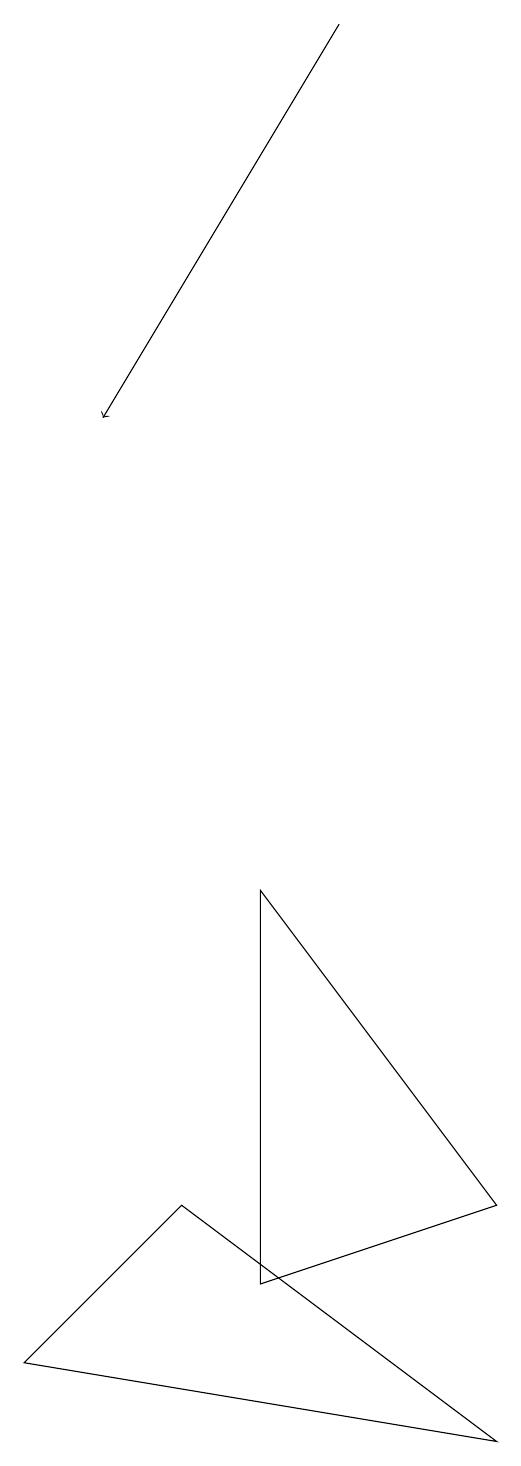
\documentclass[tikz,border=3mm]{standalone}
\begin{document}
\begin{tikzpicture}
\draw (0,2) -- (2,4) -- (6,1) -- cycle;
\draw (3,3) -- (3,8) -- (6,4) -- cycle;
\draw[->] (4,19) -- (1,14);
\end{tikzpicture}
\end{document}